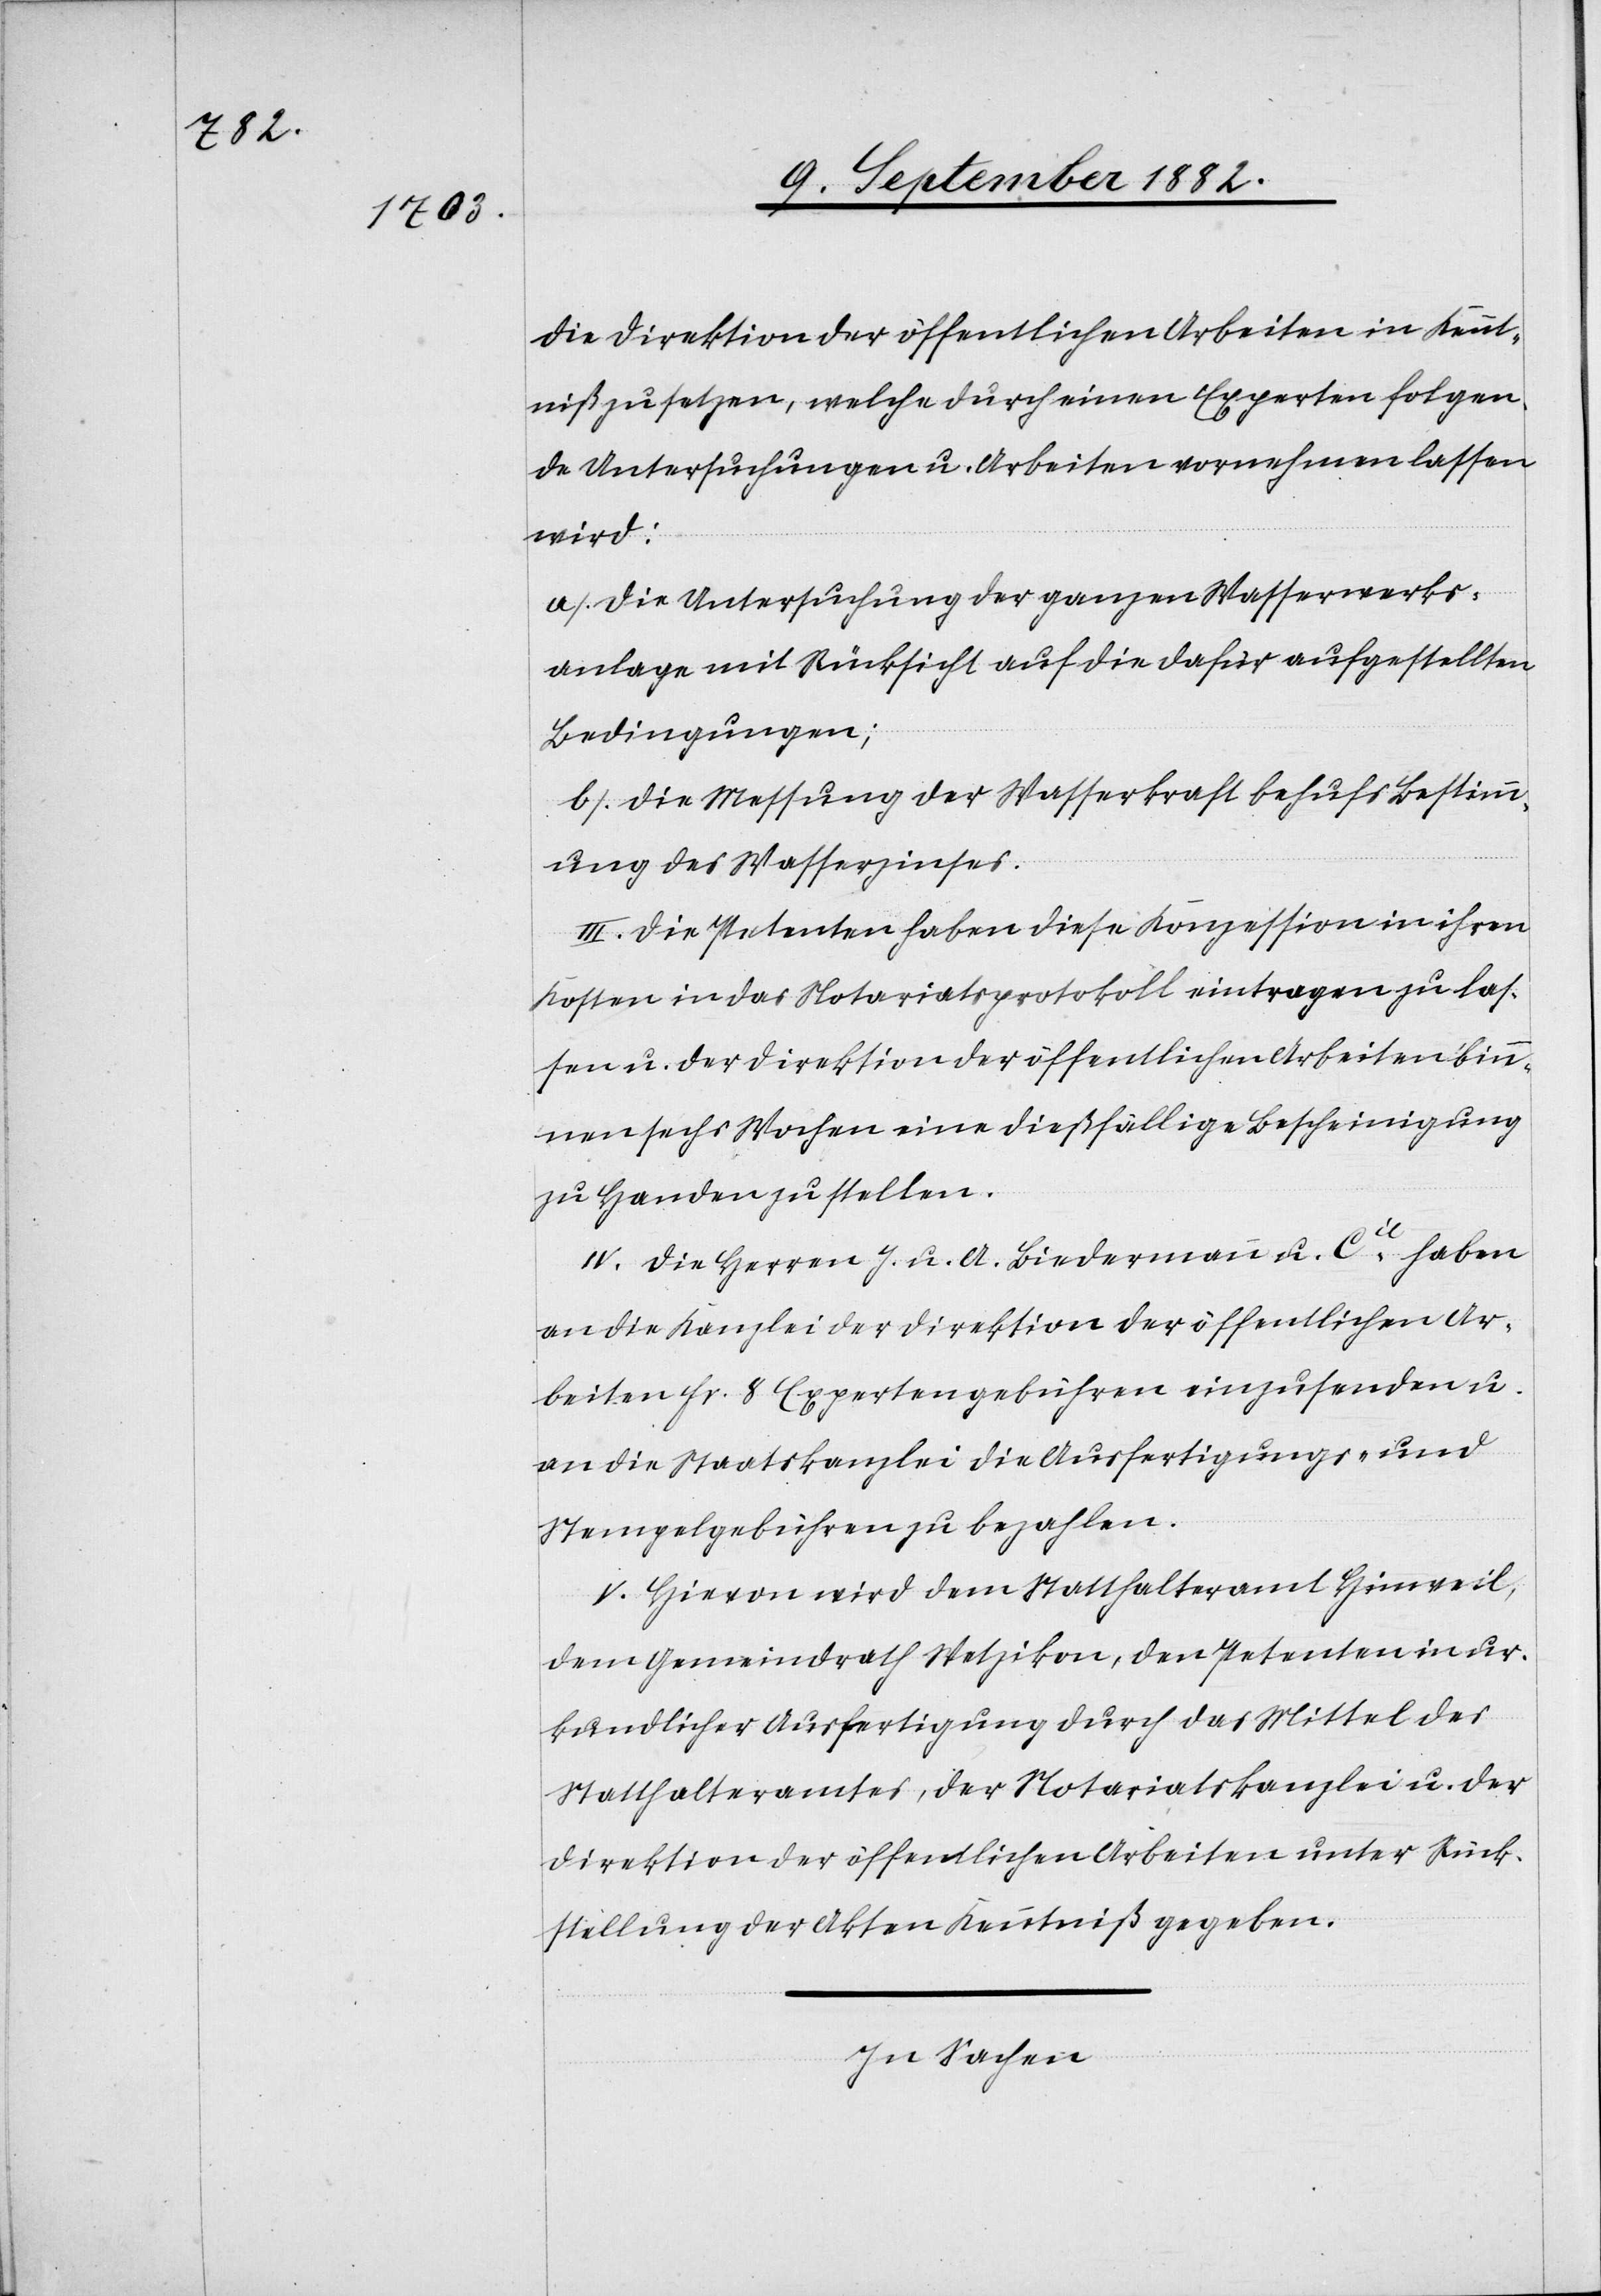
die Direktion der öffentlichen Arbeiten in Kennt¬
niß zu setzen, welche durch einen Experten folgen¬
de Untersuchungen u. Arbeiten vornehmen lassen
wird:
a) Die Untersuchung der ganzen Wasserwerks¬
anlage mit Rücksicht auf die dafür aufgestellten
Bedingungen;
b) Die Messung der Wasserkraft behufs Bestimm¬
ung des Wasserzinses.
III. Die Petenten haben diese Konzession in ihren
Kosten in das Notariatsprotokoll eintragen zu las¬
sen u. der Direktion der öffentlichen Arbeiten bin¬
nen sechs Wochen eine dießfällige Bescheinigung
zu Handen zu stellen.
IV. Die Herren J. u. A. Biedermann u. Cie haben
an die Kanzlei der Direktion der öffentlichen Ar¬
beiten Fr. 8 Expertengebühren einzusenden u.
an die Staatskanzlei die Ausfertigungs- und
Stempelgebühren zu bezahlen.
V. Hievon wird dem Statthalteramt Hinweil,
dem Gemeindrath Wetzikon, den Petentin in ur¬
kundlicher Ausfertigung durch das Mittel des
Statthalteramtes, der Notariatskanzlei u. der
Direktion der öffentlichen Arbeiten unter Rück¬
stellung der Akten Kenntniß gegeben.
In Sachen